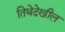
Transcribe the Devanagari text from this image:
तिथेदेखील